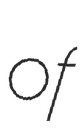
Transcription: of